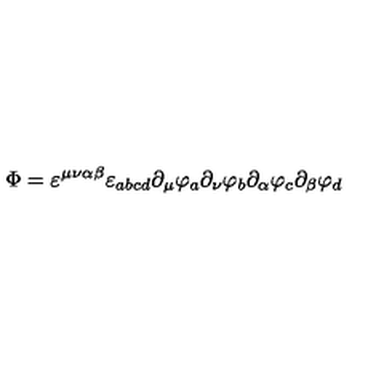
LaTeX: \Phi = \varepsilon ^ { \mu \nu \alpha \beta } \varepsilon _ { a b c d } \partial _ { \mu } \varphi _ { a } \partial _ { \nu } \varphi _ { b } \partial _ { \alpha } \varphi _ { c } \partial _ { \beta } \varphi _ { d }